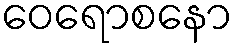
ဝေရောစနော